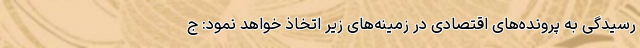
رسیدگی به پرونده‌های اقتصادی در زمینه‌های زیر اتخاذ خواهد نمود: ج